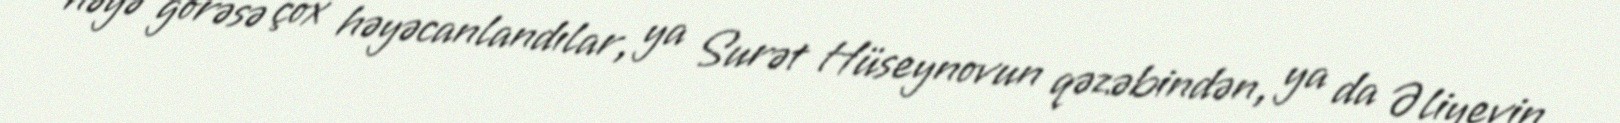
nəyə görəsə çox həyəcanlandılar, ya Surət Hüseynovun qəzəbindən, ya da Əliyevin